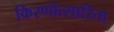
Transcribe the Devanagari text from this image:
किरणोत्सारिता